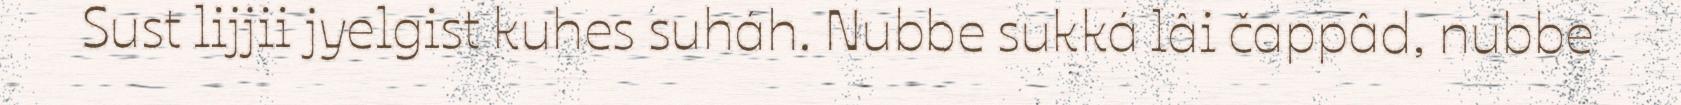
Sust lijjii jyelgist kuhes suháh. Nubbe sukká lâi čappâd, nubbe